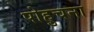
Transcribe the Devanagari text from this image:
पोहुचना